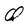
Character: Q